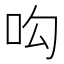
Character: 𠯜